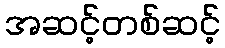
အဆင့်တစ်ဆင့်